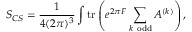
{ \cal S } _ { C S } = \frac { 1 } { 4 ( 2 \pi ) ^ { 3 } } \int \mathrm { t r } \left( e ^ { 2 \pi { \cal F } } \sum _ { k ~ \mathrm { o d d } } A ^ { ( k ) } \right) ,